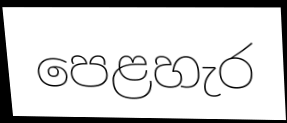
පෙළහැර